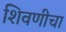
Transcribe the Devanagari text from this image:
शिवणीचा